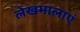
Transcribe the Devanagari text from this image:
लेखमालाएं